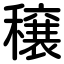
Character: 穣